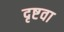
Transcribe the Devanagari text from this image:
दृष्टवा